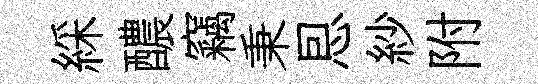
綵醲竊秉㤙紗附